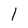
Character: l